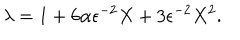
\lambda = 1 + 6 \alpha \epsilon ^ { - 2 } X + 3 \epsilon ^ { - 2 } X ^ { 2 } .